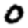
Digit: 0